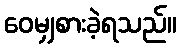
ဝေမျှစားခဲ့ရသည်။